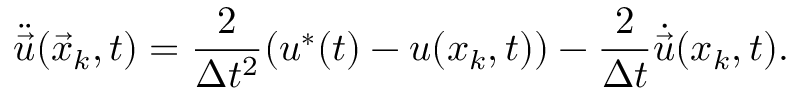
\ddot { \vec { u } } ( { \vec { x } _ { k } , t } ) = \frac { 2 } { \Delta { t } ^ { 2 } } ( \boldsymbol { u } ^ { * } ( t ) - \boldsymbol { u } ( \boldsymbol { x } _ { k } , t ) ) - \frac { 2 } { \Delta { t } } \dot { \vec { u } } ( \boldsymbol { x } _ { k } , t ) .